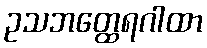
ဥသဘတ္ထေရဂါထာ